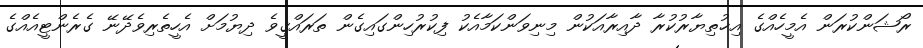
ރޯޝަންކުރަން އެމީހެއްގެ އިޚުތިޔާރުކުރާ ދާއިރާއަކުން މިނިވަންކަމާއެކު ފިކުރުހިންގައިގެން ތަރައްޤީވެ ދިޔުމަށް އެހީތެރިވެދޭނޭ ގެރެންޓީއެއްގެ